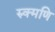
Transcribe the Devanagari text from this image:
रुक्मणि